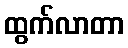
ထွက်လာတာ